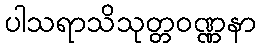
ပါသရာသိသုတ္တဝဏ္ဏနာ